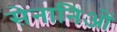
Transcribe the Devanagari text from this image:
सेनानिओं